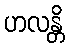
ဟလန္တိ